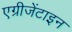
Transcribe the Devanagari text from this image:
एग्रीजेंटाइन